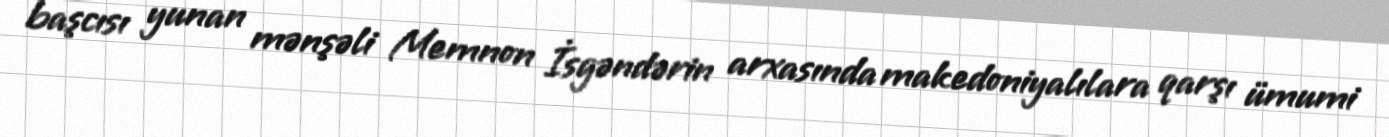
başcısı yunan mənşəli Memnon İsgəndərin arxasında makedoniyalılara qarşı ümumi